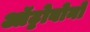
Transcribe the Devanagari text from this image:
ऑट्टोबोनो